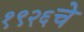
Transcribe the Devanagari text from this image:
१९२६चे